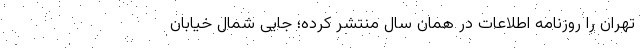
تهران را روزنامه اطلاعات در همان سال منتشر کرده؛ جایی شمال خیابان